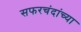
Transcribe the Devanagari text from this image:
सफरचंदांच्या